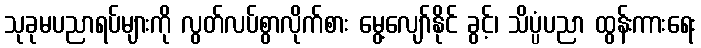
သုခုမပညာရပ်များကို လွတ်လပ်စွာလိုက်စား မွေ့လျော်နိုင် ခွင့်၊ သိပ္ပံပညာ ထွန်းကားရေး